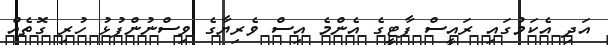
އަދި އެކަމުގައި ރައީސް ޕާޓީގެ އެންމެ އިސް ވެރިޔާގެ ވިސްނުންފުޅު ހުރި ގޮތެއް